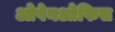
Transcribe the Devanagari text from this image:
ओपेनओफिस